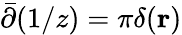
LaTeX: \bar{\partial}(1/z)=\pi\delta(\mathbf{r})